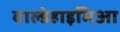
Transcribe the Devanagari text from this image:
वाल्डेहाइमिआ